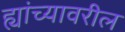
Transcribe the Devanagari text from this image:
ह्यांच्यावरील